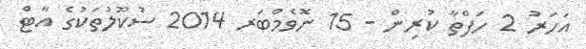
އަހަރު 2 ހަފްތާ ކުރިން - 15 ނޮވެމްބަރ 2014 ސުކޫލުތަކުގެ އާޓް